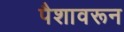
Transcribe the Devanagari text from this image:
पैशावरून